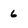
Character: 6